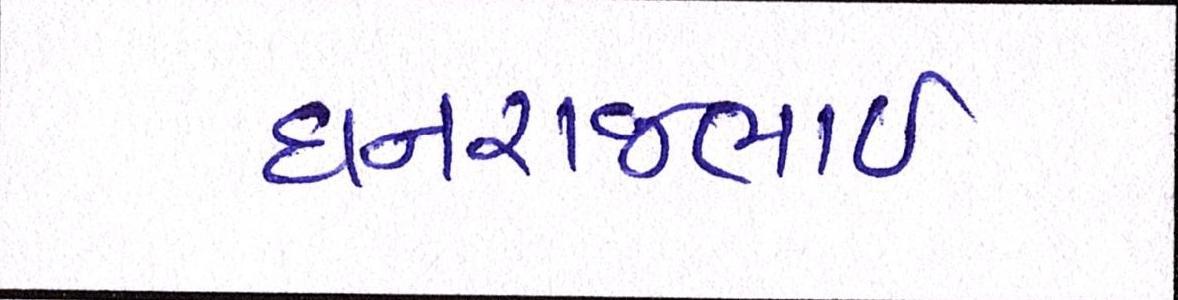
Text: ધનરાજભાઈ